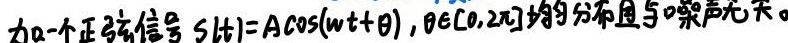
加一个正弦信号 $s(t)=A\cos(\omega t+\theta)$，$\theta\in[0,2\pi]$ 均匀分布且与噪声无关。